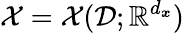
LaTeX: \mathcal{X}=\mathcal{X}(\mathcal{D};\mathbb{R}^{d_{\boldsymbol{x}}})